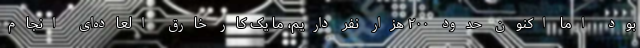
بود اما اکنون حدود ۲۰۰ هزار نفر داریم، ما یک کار خارق العاده‌ای انجام